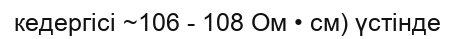
кедергісі ~106 - 108 Ом • см) үстінде